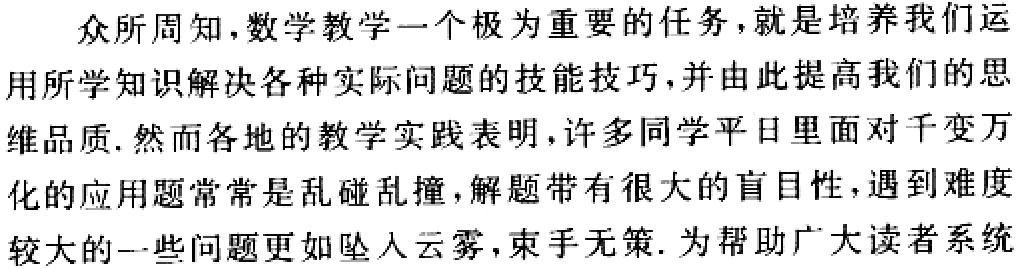
众所周知，数学教学一个极为重要的任务，就是培养我们运

用所学知识解决各种实际问题的技能技巧，并由此提高我们的思

维品质. 然而各地的教学实践表明，许多同学平日里面对千变万

化的应用题常常是乱碰乱撞，解题带有很大的盲目性，遇到难度

较大的一些问题更如坠入云雾，束手无策. 为帮助广大读者系统